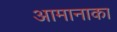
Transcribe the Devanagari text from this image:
आमानाका